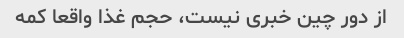
از دور چین خبری نیست، حجم غذا واقعا کمه